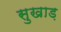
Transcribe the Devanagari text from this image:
सुखाड़